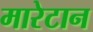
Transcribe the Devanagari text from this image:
मारेटान